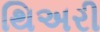
થિઅરી